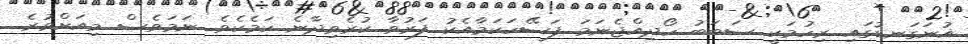
އުނަގަނޑުގައި ރިހުމަކީ ސަބަބު ހޯދިއްޖެނަމަ ފަސޭހަކަމާއެކު ފަރުވާ ކުރެވިދާނެ ކަމެކެވެ. ނަމަވެސް މިއަށްވުރެ